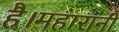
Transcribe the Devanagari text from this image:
है।महारानी